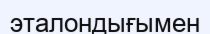
эталондығымен